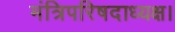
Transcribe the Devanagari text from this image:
मंत्रिपरिषदाध्यक्ष।